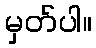
မှတ်ပါ။